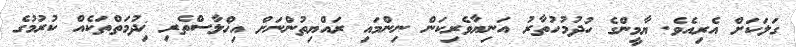
ގަލަކަށް އެރިއެވެ. ޔާމީންގެ ހުދުމުހުތާރު އަނިޔާވެރިކަން ނިންމައި ރައްޔިތުންނަށް އިޚްލާސްތެރި ޚިދުމަތްތަކެއް ކުރުމުގެ